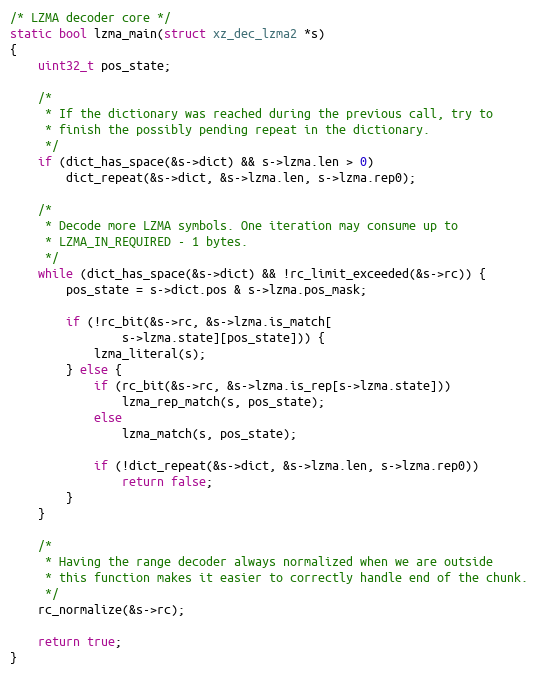
Language: C
/* LZMA decoder core */
static bool lzma_main(struct xz_dec_lzma2 *s)
{
    uint32_t pos_state;

    /*
     * If the dictionary was reached during the previous call, try to
     * finish the possibly pending repeat in the dictionary.
     */
    if (dict_has_space(&s->dict) && s->lzma.len > 0)
        dict_repeat(&s->dict, &s->lzma.len, s->lzma.rep0);

    /*
     * Decode more LZMA symbols. One iteration may consume up to
     * LZMA_IN_REQUIRED - 1 bytes.
     */
    while (dict_has_space(&s->dict) && !rc_limit_exceeded(&s->rc)) {
        pos_state = s->dict.pos & s->lzma.pos_mask;

        if (!rc_bit(&s->rc, &s->lzma.is_match[
                s->lzma.state][pos_state])) {
            lzma_literal(s);
        } else {
            if (rc_bit(&s->rc, &s->lzma.is_rep[s->lzma.state]))
                lzma_rep_match(s, pos_state);
            else
                lzma_match(s, pos_state);

            if (!dict_repeat(&s->dict, &s->lzma.len, s->lzma.rep0))
                return false;
        }
    }

    /*
     * Having the range decoder always normalized when we are outside
     * this function makes it easier to correctly handle end of the chunk.
     */
    rc_normalize(&s->rc);

    return true;
}